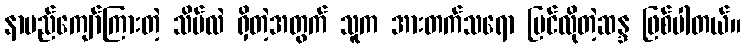
နာမည်ကျော်ကြားတဲ့ သိမ်လဲ ရှိတဲ့အတွက် သူက အားတက်သရော ပြင်လိုတဲ့ဆန္ဒ ဖြစ်ပါတယ်။